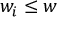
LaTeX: w _ { i } \leq w